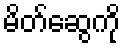
မိတ်ဆွေကို